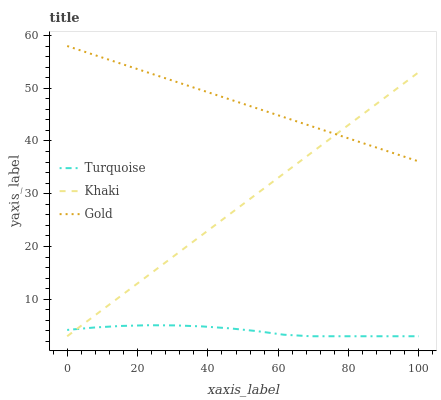
| xaxis_label | Turquoise | Khaki | Gold |
 | --- | --- | --- | --- |
 | 0 | 4.2 | 3 | 58 |
 | 7.69 | 4.66 | 6.85 | 56.3 |
 | 15.4 | 4.95 | 10.7 | 54.6 |
 | 23.1 | 5.09 | 14.6 | 53 |
 | 30.8 | 5.06 | 18.4 | 51.3 |
 | 38.5 | 4.86 | 22.3 | 49.6 |
 | 46.2 | 4.5 | 26.1 | 47.9 |
 | 53.8 | 3.98 | 30 | 46.2 |
 | 61.5 | 3.29 | 33.8 | 44.5 |
 | 69.2 | 3 | 37.7 | 42.9 |
 | 76.9 | 3 | 41.5 | 41.2 |
 | 84.6 | 3 | 45.4 | 39.5 |
 | 92.3 | 3 | 49.2 | 37.8 |
 | 100 | 3 | 53.1 | 36.1 |